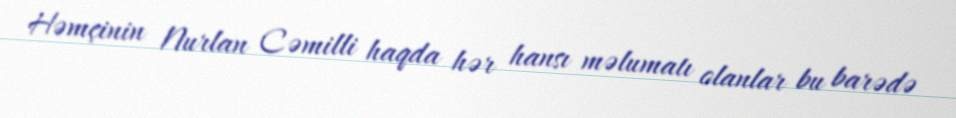
Həmçinin Nurlan Cəmilli haqda hər hansı məlumatı olanlar bu barədə